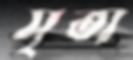
সৃতা